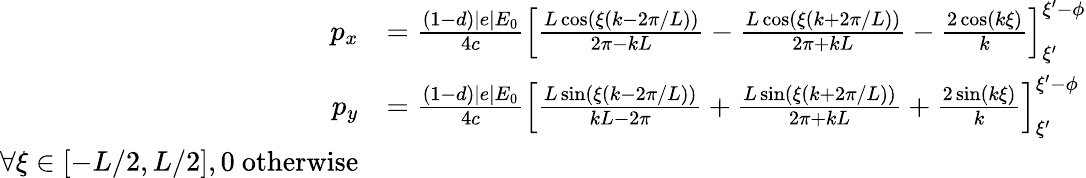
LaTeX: \begin{array}{rl}{p_{x}}&{=\frac{(1-d)|e|E_{0}}{4c}\left[\frac{L\cos(\xi(k-2\pi/L))}{2\pi-kL}-\frac{L\cos(\xi(k+2\pi/L))}{2\pi+kL}-\frac{2\cos(k\xi)}{k}\right]_{\xi^{\prime}}^{\xi^{\prime}-\phi}}\\ {p_{y}}&{=\frac{(1-d)|e|E_{0}}{4c}\left[\frac{L\sin(\xi(k-2\pi/L))}{kL-2\pi}+\frac{L\sin(\xi(k+2\pi/L))}{2\pi+kL}+\frac{2\sin(k\xi)}{k}\right]_{\xi^{\prime}}^{\xi^{\prime}-\phi}}\\ {\forall\xi\in[-L/2,L/2],0\ \mathrm{otherwise}}\end{array}